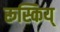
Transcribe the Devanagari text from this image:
रूस्किय्